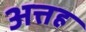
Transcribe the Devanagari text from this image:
अत्तह